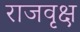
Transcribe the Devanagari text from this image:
राजवृक्ष